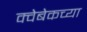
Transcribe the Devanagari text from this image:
क्वेबेकच्या